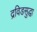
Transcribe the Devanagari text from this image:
द्रविडसुद्धा